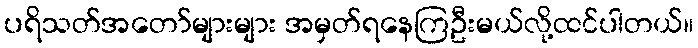
ပရိသတ်အတော်များများ အမှတ်ရနေကြဦးမယ်လို့ထင်ပါတယ်။